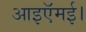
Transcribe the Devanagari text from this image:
आइऍमई।